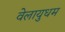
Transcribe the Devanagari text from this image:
वेलायुधम